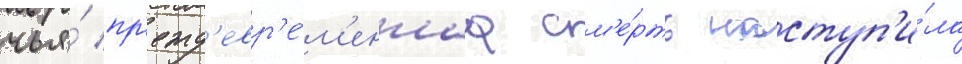
чья́ пр'ежд'евр'е́м'еннаа см'е́рть наступ'и́ла